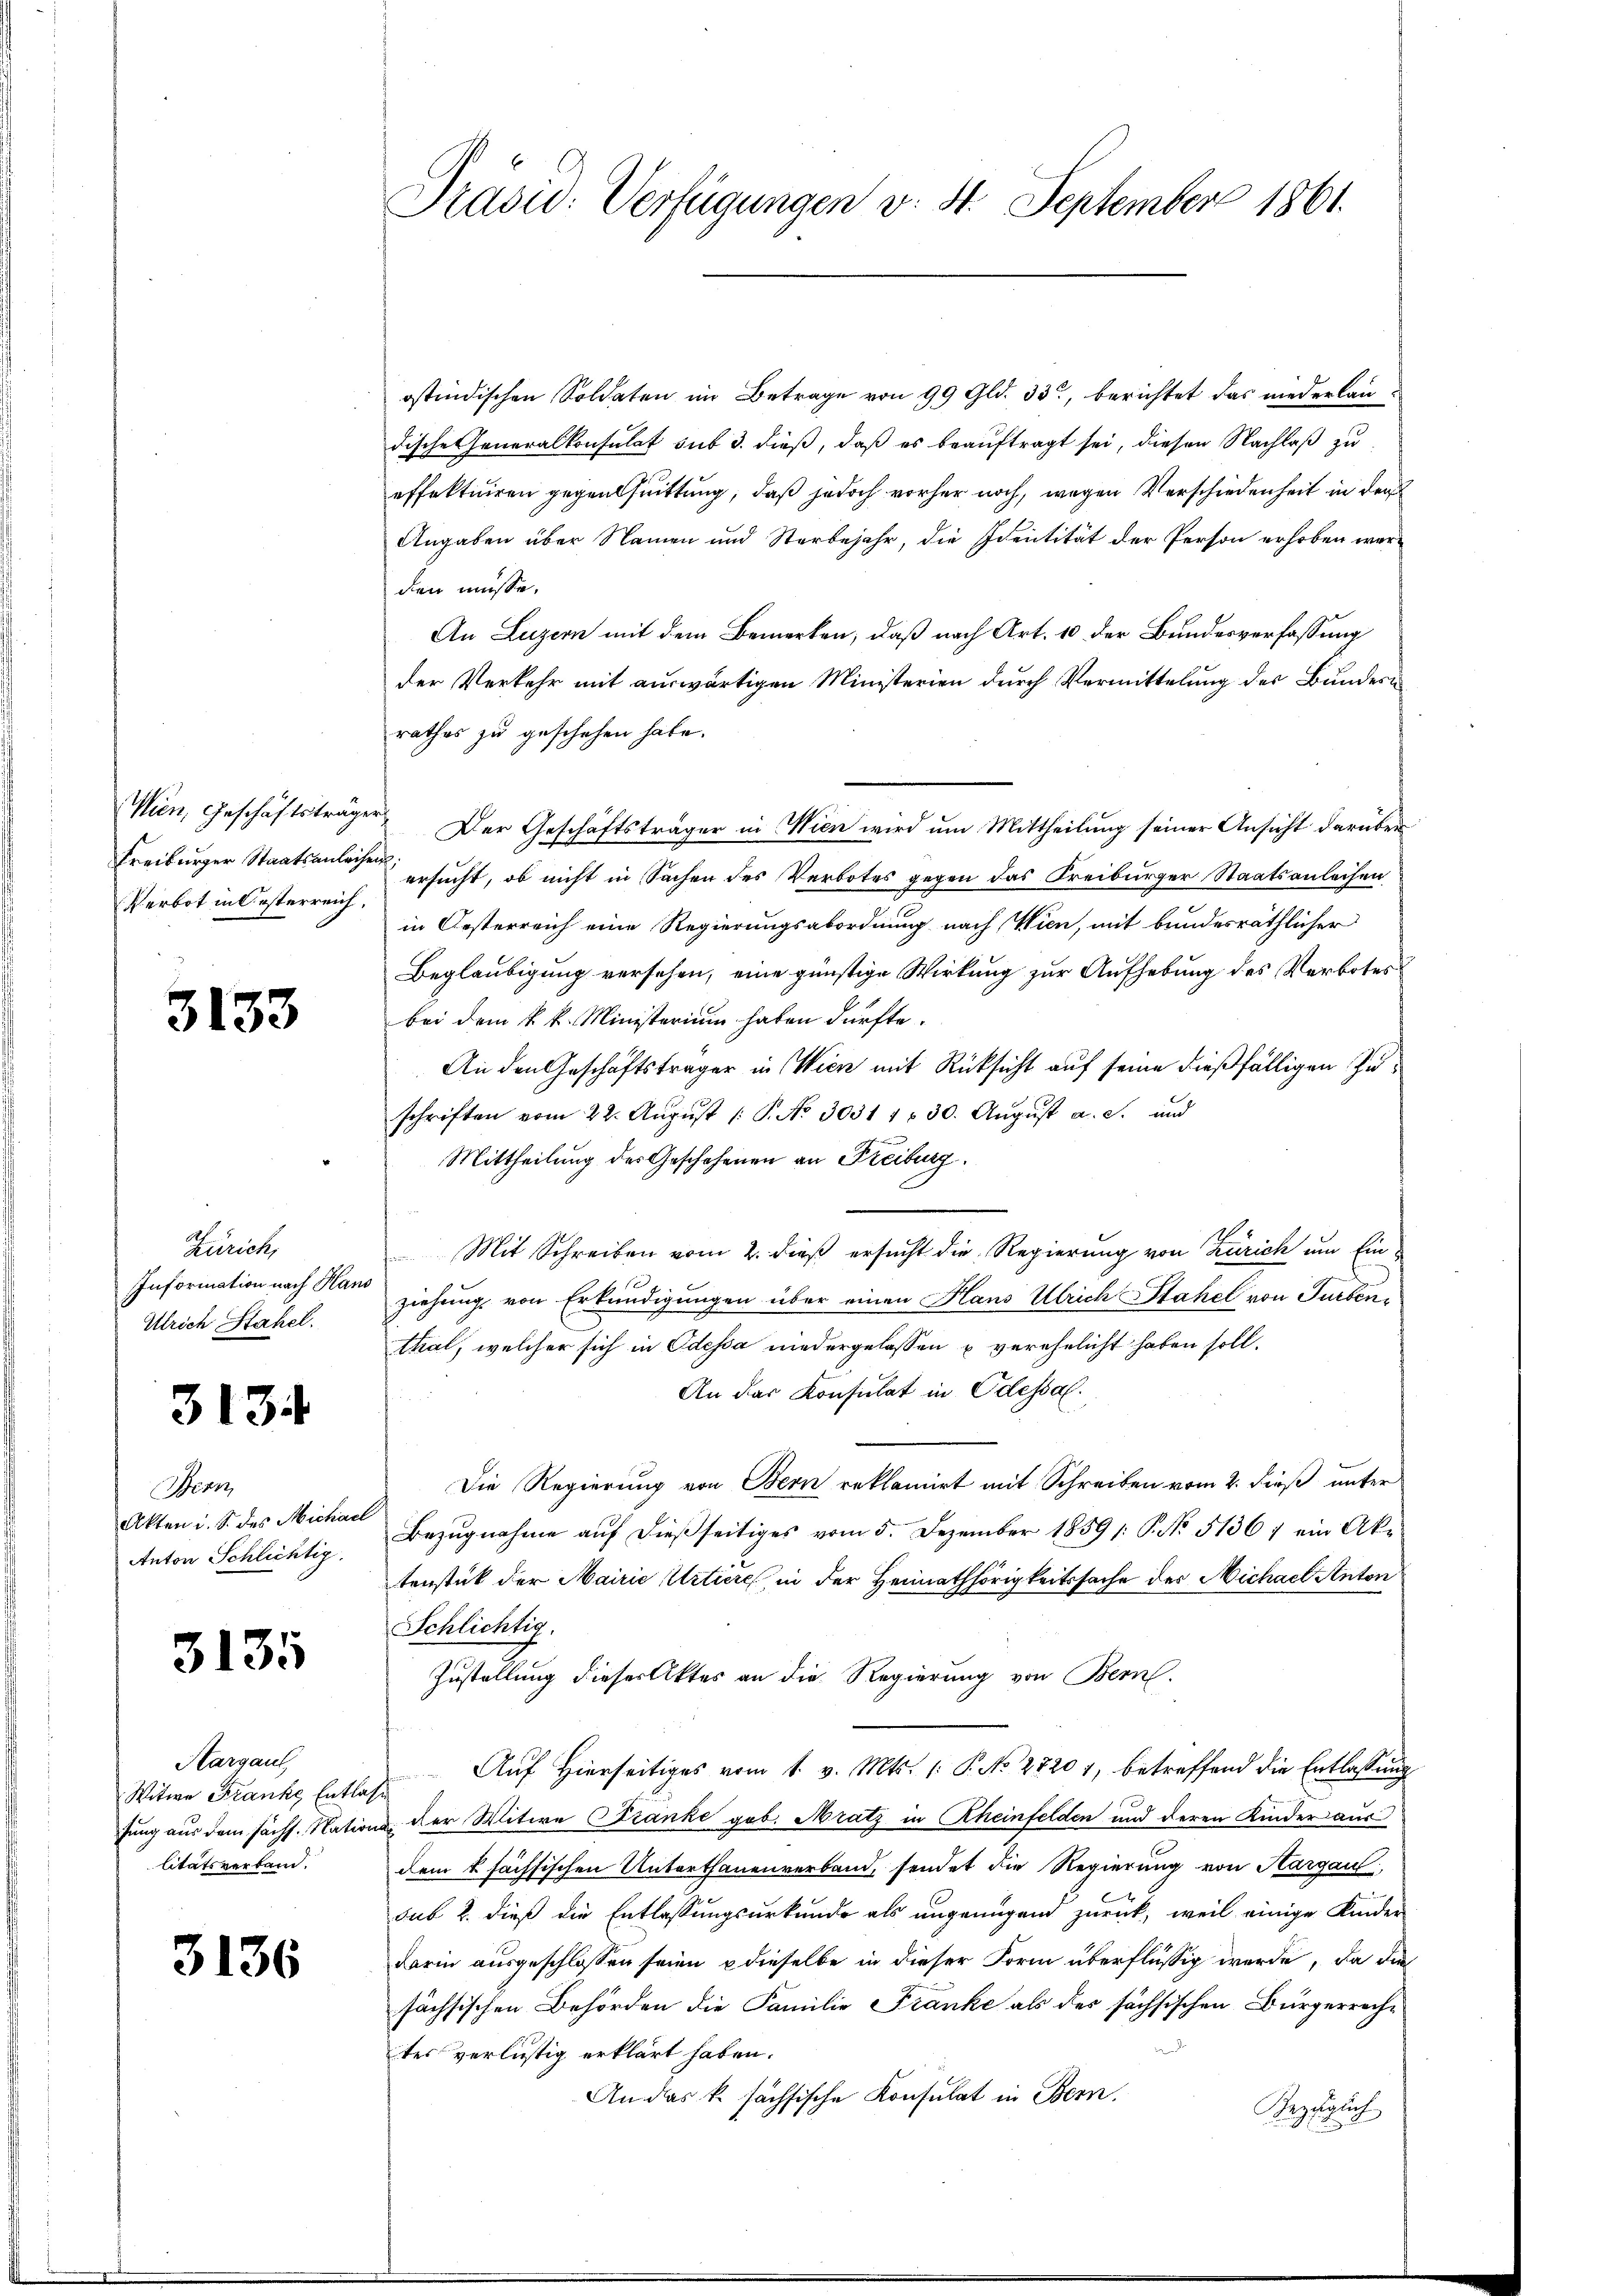
Wien, Geschäftsträger
Freiburger Staatsanleihen:
Verbot in Oesterreich,

3133

Zürich,
Information nach Hans
Ulrich Stahel.

3134

Bern
Akten i. S. des Michael
Anton Schlichtig

3135

Aargau,
Witwe Franke Entlasse
litätsverband.

3136

ostindischen Soldaten im Betrage von 99 Gld. 33, berichtet das niederlaudische Generalkonsulat sub 3. dieß, daß es beauftragt sei, diesen Nachlaß zu
effektuiren gegenthuittung, daß jedoch vorher noch, wegen Verschiedenheit in der
Angaben über Namen und Sterbejahr, die Identität der Person erhoben werden müsse.
An Luzern mit dem Bemerken, daß nach Art. 10 der Bundesverfassung
der Verkehr mit auswärtigen Ministerien durch Vermittelung des Bundern
rathes zu geschehen habe.
Der Geschäftsträger in Wien wird um Mittheilung seiner Ansicht darüber
ersucht, ob nicht in Sachen des Verbotes gegen das Kreiburger Staatsanleihen
in Oesterreich eine Regierungsabordnung nach Wien, mit bundesräthlicher
Beglaubigung versehen, eine günstige Wirkung zur Aufhebung des Verbotes
bei dem k. k. Ministerium haben dürfte.
An den Geschäftsträger in Wien mit Rücksicht auf seine dießfälligen Zuschriften vom 22. Aŭgŭst /: P. No. 3031 130. Aŭgŭst a. s. und
Mittheilung des Geschehenen an Freiburg.
Mit Schreiben vom 2. dieß ersucht die Regierung von Zürich um Einziehung, von Erkundigungen über einen Haus Ulrich Stahel von Turbenthal, welcher sich in Odessa niedergelassen u verehelicht haben soll.
An das Konsulat in Odessal.
Die Regierung von Bern reklamirt mit Schreiben vom 2. dieß unter
Bezŭgnahme aŭf dießseitiges vom 5. Dezember 1859 /: P. No. 51367 ein Aktenstück der Mairie Mitiere in der Heimathörigkeitssache der Michael Anton
Schlichtig.
Zustellung dieser Aktes an die Regierung von Bern
Aŭf Hierseitiges vom 1. v. Mts. (: P. No. 27201, betreffend die Entlassŭng
hung aus dem sicht. Nations der Witwe Franke geb. Mratz in Rheinfelden und deren Kinder aus
dem k. fachsischen Unterthanenverband, sendet die Regierung von Aargau,
sub 2. dieß die Entlassungsurkunde als ungenügend zurück, weil einige Kinder
darin ausgeschlossen seien dieselbe in dieser Form überflüssig werde, da die
sächsischen Behörden die Familie Franke als der sächsischen Bürgerrechd
tesverlustig erklärt haben.
An das k. sächsische Konsulat in Bern.
Bezüglich

Präsid. Verfügungen v. 4. September 1861.